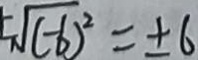
\pm \sqrt { ( - 6 ) ^ { 2 } } = \pm 6